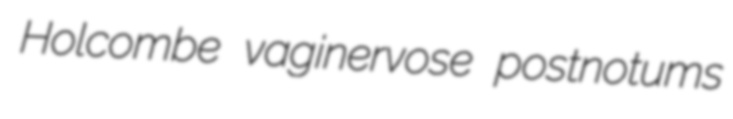
Holcombe vaginervose postnotums